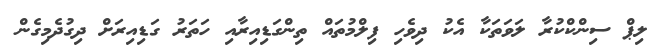
ލިޕް ސިންކްކުރާ ލަވަތަކާ އެކު ދިވެހި ފިލްމުތައް ތިންގަޑިއިރާއި ހަތަރު ގަޑިއިރަށް ދިގުދެމިގެން